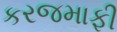
કરજમાફી